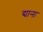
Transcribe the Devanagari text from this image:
द्याना